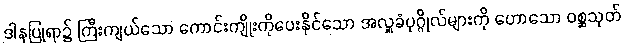
ဒါနပြုရာ၌ ကြီးကျယ်သော ကောင်းကျိုးကိုပေးနိုင်သော အလှူခံပုဂ္ဂိုလ်များကို ဟောသော ဝစ္ဆသုတ်